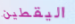
اليقطين